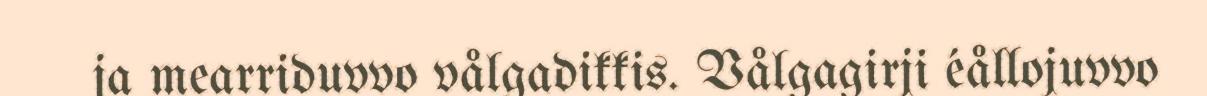
ja mearriduvvo vålgadikkis. Vålgagirji éållojuvvo